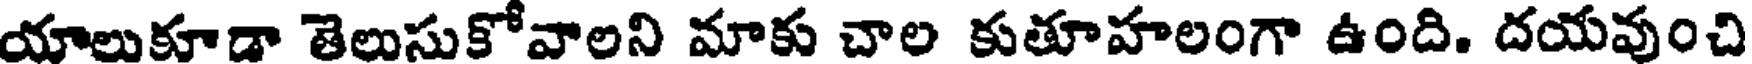
యాలుకూడా తెలుసుకోవాలని మాకు చాల కుతూహలంగా ఉంది. దయవుంచి